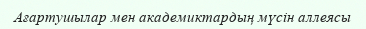
Ағартушылар мен академиктардың мүсін аллеясы